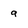
Character: g